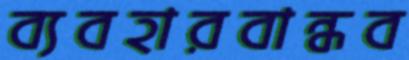
ব্যবহারবান্ধব